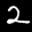
Label: 2